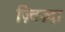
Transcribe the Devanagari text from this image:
ज़्विज़्दा